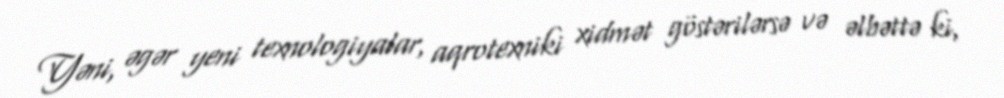
Yəni, əgər yeni texnologiyalar, aqrotexniki xidmət göstərilərsə və əlbəttə ki,